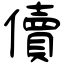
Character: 儥